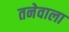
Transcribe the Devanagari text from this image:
तनेवाला